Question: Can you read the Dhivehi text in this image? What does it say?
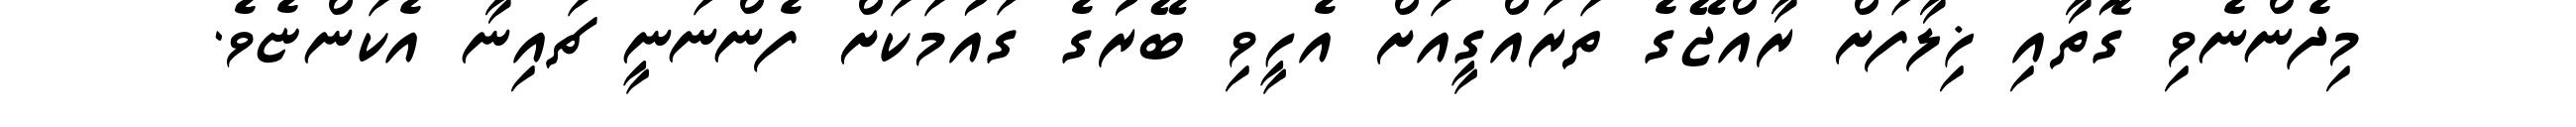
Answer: މިދެންނެވި ގޮތާއި ޚިލާފަށް ރާއްޖޭގެ ތަރައްގީއަށް އެހީވި ބޭރުގެ ގައުމަކަށް ފެންނަނީ ޗައިނާ އެކަންޏެވެ.